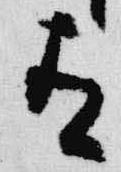
有